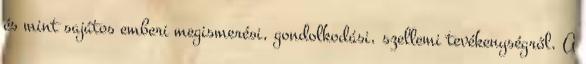
és mint sajátos emberi megismerési, gondolkodási, szellemi tevékenységről. A